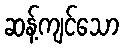
ဆန့်ကျင်သော